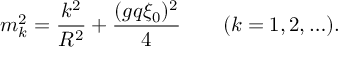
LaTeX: m _ { k } ^ { 2 } = { \frac { k ^ { 2 } } { R ^ { 2 } } } + { \frac { ( g q \xi _ { 0 } ) ^ { 2 } } { 4 } } \qquad ( k = 1 , 2 , \ldots ) .